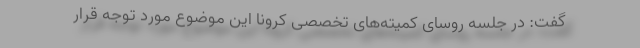
گفت: در جلسه روسای کمیته‌های تخصصی کرونا این موضوع مورد توجه قرار